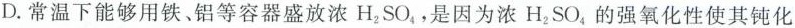
D.常温下能够用铁。铝等容器盛放浓H_{2}SO_{4}，是因为浓H_{2}SO_{4}，的强氧化性使其钝化